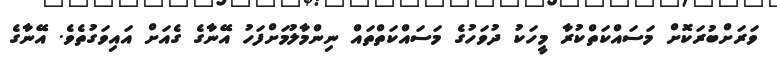
ވަރަށްބުރަކޮށް މަސައްކަތްކުރާ މީހަކު ދުވަހުގެ މަސައްކަތްތައް ނިންމާލުމަށްފަހު އޭނާގެ ގެއަށް އައިވަގުތެވެ. އޭނާގެ